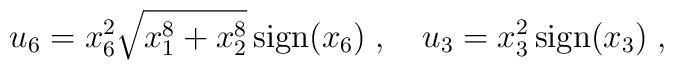
u_6 = x_6^2 \sqrt{x_1^8+x_2^8}\, \mbox{sign}(x_6) \; , \quad u_3=x_3^2\,\mbox{sign}(x_3)\; ,